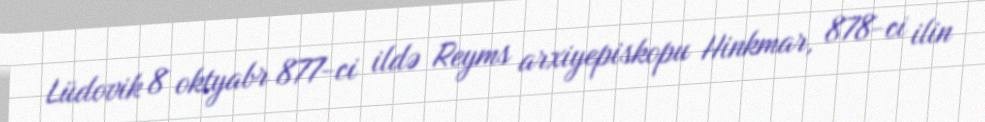
Lüdovik 8 oktyabr 877-ci ildə Reyms arxiyepiskopu Hinkmar, 878-ci ilin